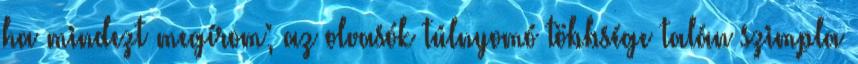
ha mindezt megírom; az olvasók túlnyomó többsége talán szimpla